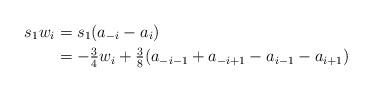
LaTeX: \begin{align*}s_1 w_i &= s_1 (a_{-i} - a_i) \\&= -\tfrac{3}{4}w_i + \tfrac{3}{8}( a_{-i-1} + a_{-i+1} - a_{i-1} - a_{i+1})\end{align*}